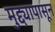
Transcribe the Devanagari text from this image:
मुद्द्यापासून